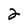
Character: 2